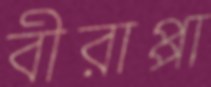
বীরাপ্পা